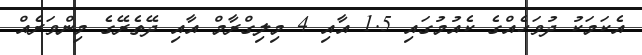
އެކަމަކު ދުވަހެއްގެ ކެއުމުގައި 1.5 އާއި 4 މިލިގްރާމް އާއި ދޭތެރޭގެ މިންވަރެއް